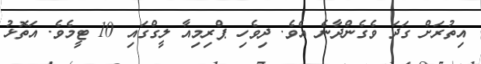
އިތުރަށް ގަދަ ވެގެންދާނެ އެވެ. ދިވެހި ޕްރިމިއާ ލީގްގައި 10 ޓީމެވެ. އަތޮޅު